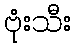
ဗုံးသီး